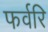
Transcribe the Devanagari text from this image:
फर्वरि